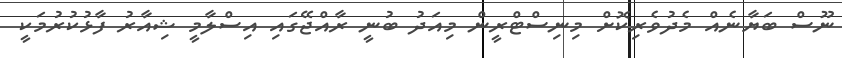
ނޫސް ބަޔާނެއް މެދުވެރިކޮށް މިނިސްޓްރީން މިއަދު ބުނީ ރާއްޖޭގައި އިސްލާމީ ޝިއާރު ފާޅުކުރުމަކީ